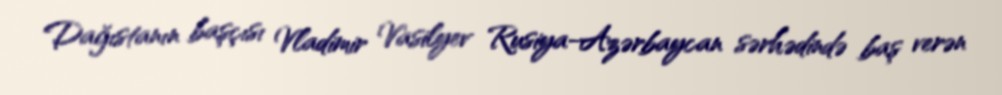
Dağıstanın başçısı Vladimir Vasilyev Rusiya-Azərbaycan sərhədində baş verən